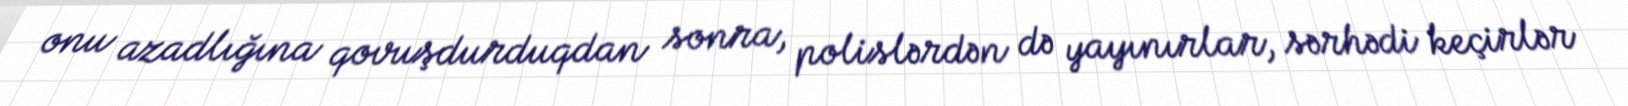
onu azadlığına qovuşdurduqdan sonra, polislərdən də yayınırlar, sərhədi keçirlər